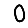
Digit: 0